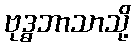
ဗုဒ္ဓဘာသာသို့